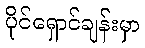
ပိုင်ရှောင်ချန်းမှာ